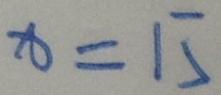
x = 1 5